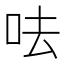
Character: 呿